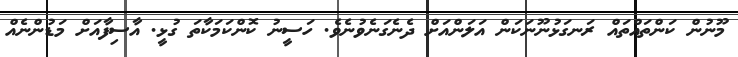
މޫނުން ކަންތައްތައް ރަނގަޅުނޫނަކަން އަލަންއަށް ދެނެގަނެވުނެވެ. ހަސީނު ކޮންކަމަކާތަ ގުޅީ. އާސިފާއަށް މަޑުންނެއް